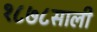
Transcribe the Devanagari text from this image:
१८७८साली